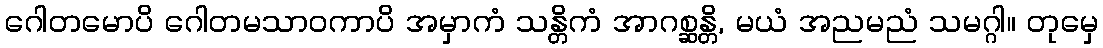
ဂေါတမောပိ ဂေါတမသာဝကာပိ အမှာကံ သန္တိကံ အာဂစ္ဆန္တိ, မယံ အညမညံ သမဂ္ဂါ။ တုမှေ